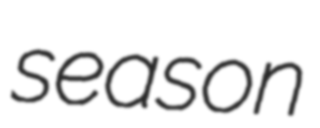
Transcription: season